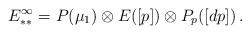
\begin{align*}E^\infty_{**} = P(\mu_1) \otimes E([p]) \otimes P_p([dp]) \,.\end{align*}